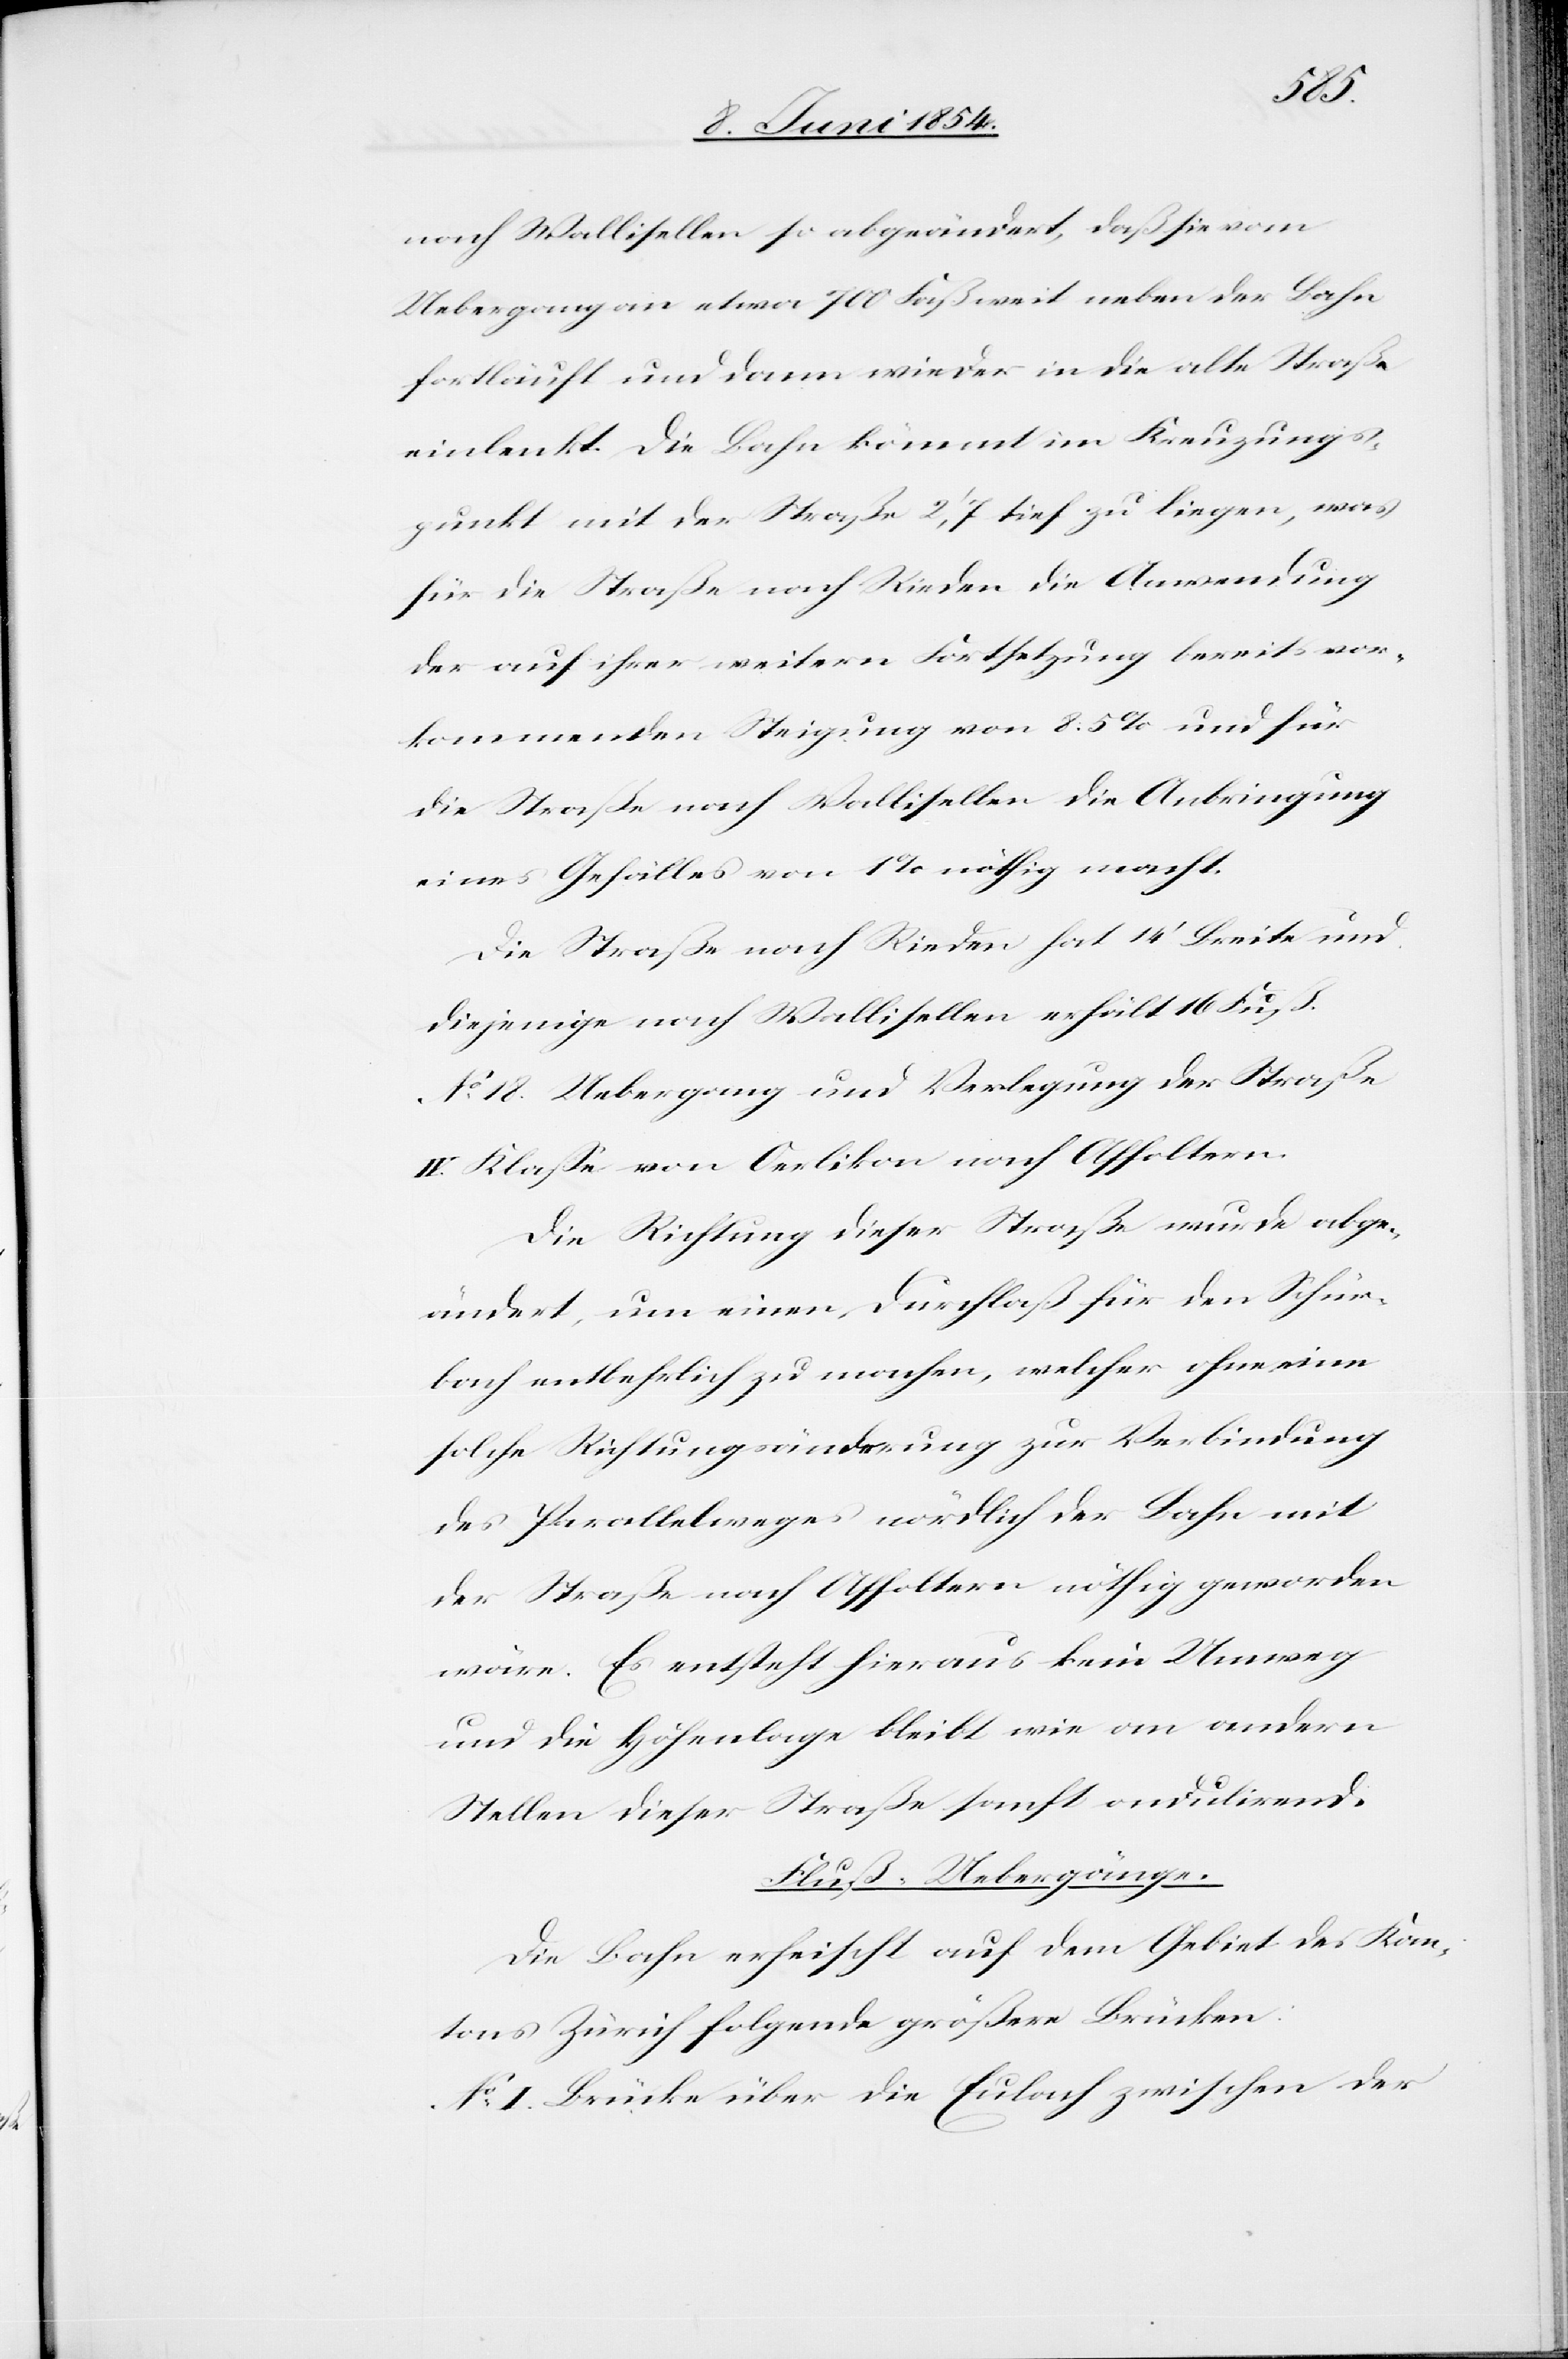
nach Wallisellen so abgeändert, daß sie vom
Uebergang an etwa 700 Fuß weit neben der Bahn
fortläuft und dann wieder in die alte Straße
einlenkt. Die Bahn kömmt im Kreuzungs¬
punkt mit der Straße 2‘,7 tief zu liegen, was
für die Straße nach Rieden die Anwendung
der auf ihrer weitern Fortsetzung bereits vor¬
kommenden Steigung von 8.5 % und für
die Straße nach Wallisellen die Anbringung
eines Gefälles von 1 % nöthig macht.
Die Straße nach Rieden hat 14‘ Breite und
diejenige nach Wallisellen erhält 16 Fuß.
No 18. Uebergang und Verlegung der Straße
IV. Klaße von Oerlikon nach Affoltern.
Die Richtung dieser Straße wurde abge¬
ändert, um einen Durchlaß für den Schür¬
bach entbehrlich zu machen, welcher ohne eine
solche Richtungsänderung zur Verbindung
des Parallelweges nördlich der Bahn mit
der Straße nach Affoltern nöthig geworden
wäre. Es entsteht hieraus kein Umweg
und die Höhenlage bleibt wie an andern
Stellen dieser Straße sanft ondulirend.
Fluß-Uebergänge.
Die Bahn erheischt auf dem Gebiet des Kan¬
tons Zürich folgende größere Brücken:
No I. Brücke über die Eulach zwischen der